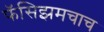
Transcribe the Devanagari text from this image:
फॅसिझमचाच